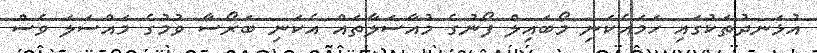
އުޅަނދުތަކުގައި ހަމައެކަނި މޯބައިލް ފޯނުގެ މުއާސަލާތައް އެކަނި ބަރޯސާ ވުމުގެ މައްސަލަ ވެސް